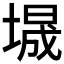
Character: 𫮕